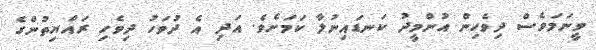
ވީނަމަވެސް ދިވެހިން އުންމީދު ކަނޑައިނުލާ ކަމަށެވެ. އަދި އެ ދުވަހު ދިވެހި ރައްޔިތުންގެ